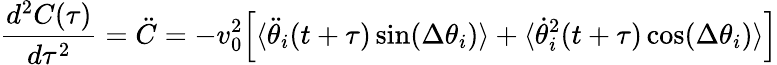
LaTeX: {\frac{d^{2}C(\tau)}{d\tau^{2}}}=\ddot{C}=-v_{0}^{2}\Big[\langle\ddot{\theta}_{i}(t+\tau)\, \mathrm{sin}(\Delta\theta_{i})\rangle+\langle\dot{\theta}_{i}^{2}(t+\tau)\, \mathrm{cos}(\Delta\theta_{i})\rangle\Big]